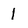
Character: 1